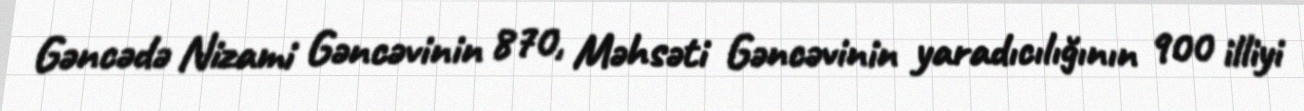
Gəncədə Nizami Gəncəvinin 870, Məhsəti Gəncəvinin yaradıcılığının 900 illiyi